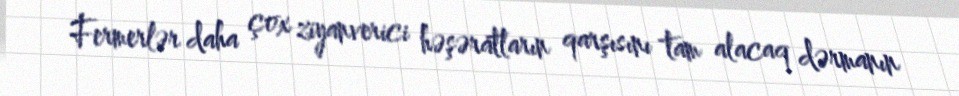
Fermerlər daha çox ziyanverici həşəratların qarşısını tam alacaq dərmanın